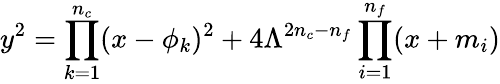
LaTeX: y^{2}=\prod_{k=1}^{n_{c}}(x-\phi_{k})^{2}+4\Lambda^{2n_{c}-n_{f}}\prod_{i=1}^{n_{f}}(x+m_{i})